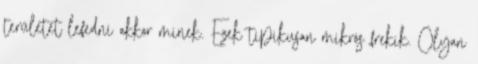
területet lefedni akkor minek. Ezek tipikusan mikrós frekik. Olyan